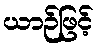
ယာဉ်ဖြင့်